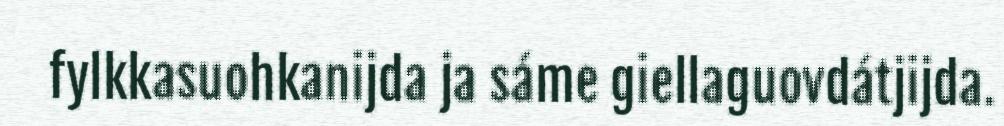
fylkkasuohkanijda ja sáme giellaguovdátjijda.